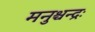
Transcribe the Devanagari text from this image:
मनुश्चन्द्रः